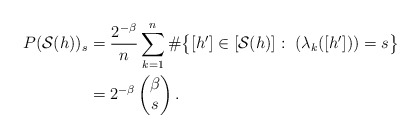
\begin{align*}P(\mathcal S(h))_s &= \frac{2^{-\beta}}{n} \sum_{k=1}^{n} \#\big\{ [h'] \in \left[\mathcal S(h)\right]: \ (\lambda_k([h'])) = s \big\}\\&= 2^{-\beta} \left( \begin{matrix} \beta \\ s \end{matrix} \right).\end{align*}